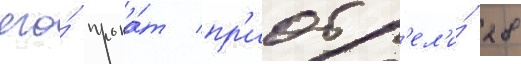
его́ прока́т пр'иобр'ел'и́ 28